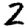
Digit: 2